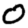
Digit: 0